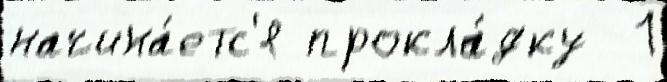
начина́етс'я прокла́дку  1